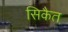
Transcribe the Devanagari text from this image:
सिकैत